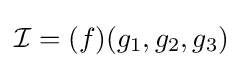
{\mathcal {I}}=(f)(g_{1},g_{2},g_{3})